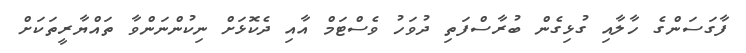
ފާގަސަންގެ ހާލާއި ގުޅިގެން ބުރާސްފަތި ދުވަހު ވެސްޓަމް އާއި ދެކޮޅަށް ނިކުންނަންވާ ތައްޔާރީތަކަށް